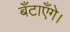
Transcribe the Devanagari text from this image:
बँटाएँगे।